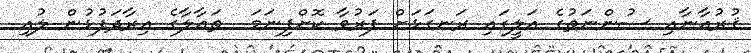
ޤުރުއާނާއި ސުންނަތުގެ އަލީގައި ރަނގަޅަށް ފަރުވާ ކޮށްފިނަމަ  ތަޢާލާގެ އިރާދަފުޅުން ލުއި